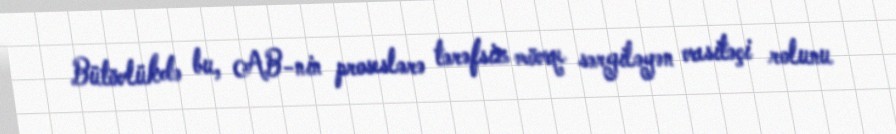
Bütövlükdə bu, AB-nin proseslərə tərəfsiz mövqe sərgiləyən vasitəçi rolunu